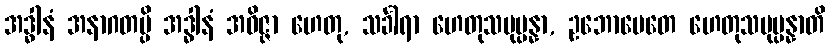
အဒ္ဓါနံ အနာဂတမ္ပိ အဒ္ဓါနံ အဝိဇ္ဇာ ဟေတု, သင်္ခါရာ ဟေတုသမုပ္ပန္နာ, ဥဘောပေတေ ဟေတုသမုပ္ပန္နာတိ